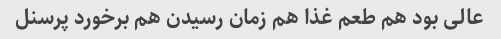
عالی بود هم طعم غذا هم زمان رسیدن هم برخورد پرسنل